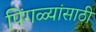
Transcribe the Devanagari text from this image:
पिंगळ्यांसाठी